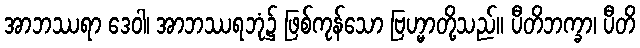
အာဘဿရာ ဒေဝါ၊ အာဘဿရဘုံ၌ ဖြစ်ကုန်သော ဗြဟ္မာတို့သည်။ ပီတိဘက္ခာ၊ ပီတိ